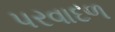
પરવાદળ